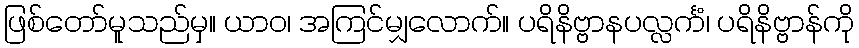
ဖြစ်တော်မူသည်မှ။ ယာဝ၊ အကြင်မျှလောက်။ ပရိနိဗ္ဗာနပလ္လင်္ကံ၊ ပရိနိဗ္ဗာန်ကို